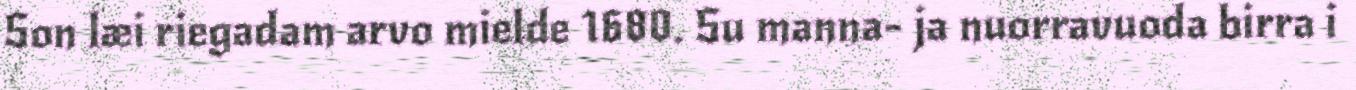
Son læi riegadam arvo mielde 1680. Su manna- ja nuorravuoda birra i